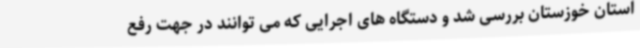
استان خوزستان بررسی شد و دستگاه های اجرایی که می توانند در جهت رفع